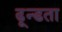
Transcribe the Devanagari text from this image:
ढून्डता